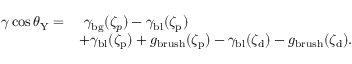
\begin{array} { r l } { \gamma \cos \theta _ { \mathrm { Y } } = } & { \ \gamma _ { \mathrm { b g } } ( \zeta _ { p } ) - \gamma _ { \mathrm { b l } } ( \zeta _ { \mathrm { p } } ) } \\ & { + \gamma _ { \mathrm { b l } } ( \zeta _ { \mathrm { p } } ) + g _ { \mathrm { b r u s h } } ( \zeta _ { \mathrm { p } } ) - \gamma _ { \mathrm { b l } } ( \zeta _ { \mathrm { d } } ) - g _ { \mathrm { b r u s h } } ( \zeta _ { \mathrm { d } } ) . } \end{array}